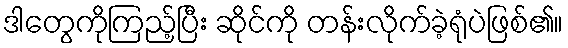
ဒါတွေကိုကြည့်ပြီး ဆိုင်ကို တန်းလိုက်ခဲ့ရုံပဲဖြစ်၏။